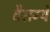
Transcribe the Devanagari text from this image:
वैराग्ये